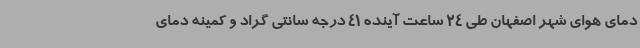
دمای هوای شهر اصفهان طی 24 ساعت آینده 41 درجه سانتی گراد و کمینه دمای